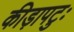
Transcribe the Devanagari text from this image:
कीड़ापटुः